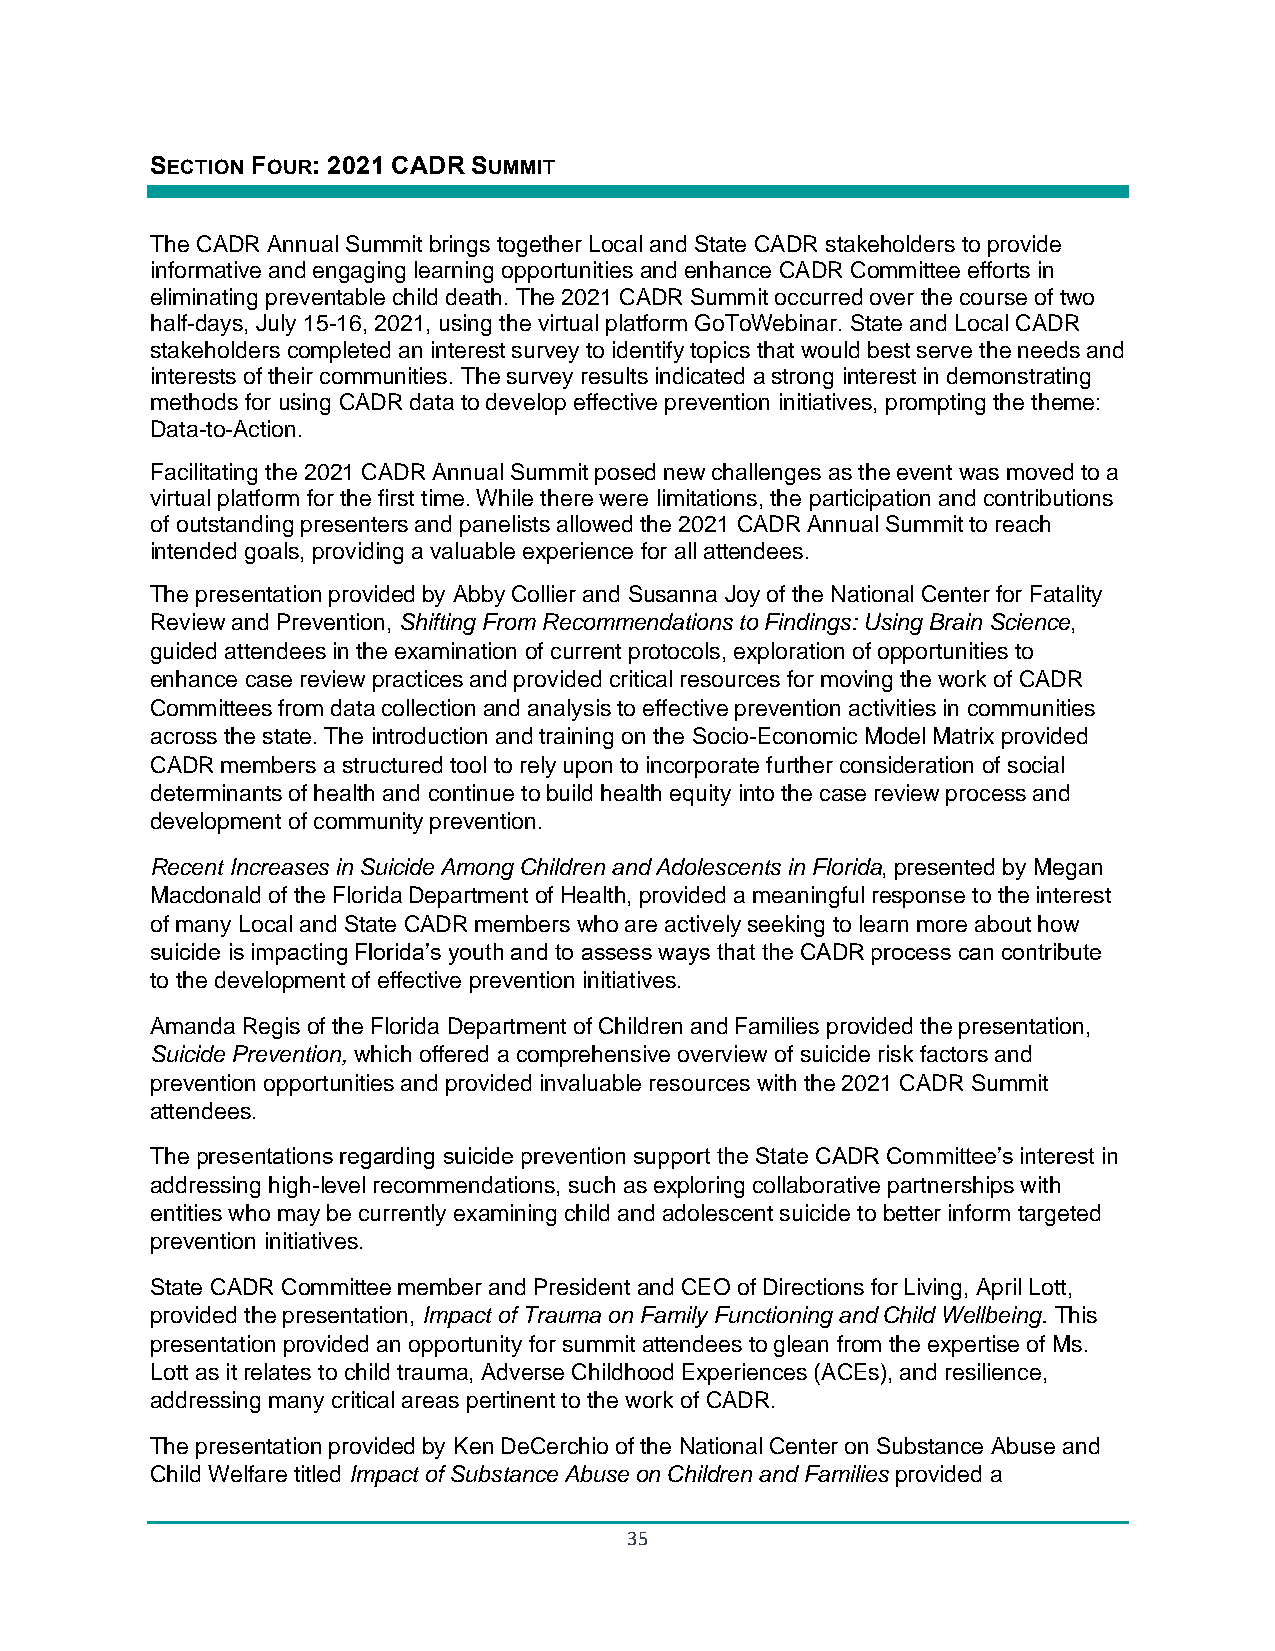
SECTION FOUR: 2021 CADR SUMMIT
 The CADR Annual Summit brings together Local and State CADR stakeholders to provide
 informative and engaging learning opportunities and enhance CADR Committee efforts in
 eliminating preventable child death. The 2021 CADR Summit occurred over the course of two
 half-days, July 15-16, 2021, using the virtual platform GoToWebinar. State and Local CADR
 stakeholders completed an interest survey to identify topics that would best serve the needs and
 interests of their communities. The survey results indicated a strong interest in demonstrating
 methods for using CADR data to develop effective prevention initiatives, prompting the theme:
 Data-to-Action.
 Facilitating the 2021 CADR Annual Summit posed new challenges as the event was moved to a
 virtual platform for the first time. While there were limitations, the participation and contributions
 of outstanding presenters and panelists allowed the 2021 CADR Annual Summit to reach
 intended goals, providing a valuable experience for all attendees.
 The presentation provided by Abby Collier and Susanna Joy of the National Center for Fatality
 Review and Prevention, Shifting From Recommendations to Findings: Using Brain Science,
 guided attendees in the examination of current protocols, exploration of opportunities to
 enhance case review practices and provided critical resources for moving the work of CADR
 Committees from data collection and analysis to effective prevention activities in communities
 across the state. The introduction and training on the Socio-Economic Model Matrix provided
 CADR members a structured tool to rely upon to incorporate further consideration of social
 determinants of health and continue to build health equity into the case review process and
 development of community prevention.
 Recent Increases in Suicide Among Children and Adolescents in Florida, presented by Megan
 Macdonald of the Florida Department of Health, provided a meaningful response to the interest
 of many Local and State CADR members who are actively seeking to learn more about how
 suicide is impacting Florida’s youth and to assess ways that the CADR process can contribute
 to the development of effective prevention initiatives.
 Amanda Regis of the Florida Department of Children and Families provided the presentation,
 Suicide Prevention, which offered a comprehensive overview of suicide risk factors and
 prevention opportunities and provided invaluable resources with the 2021 CADR Summit
 attendees.
 The presentations regarding suicide prevention support the State CADR Committee’s interest in
 addressing high-level recommendations, such as exploring collaborative partnerships with
 entities who may be currently examining child and adolescent suicide to better inform targeted
 prevention initiatives.
 State CADR Committee member and President and CEO of Directions for Living, April Lott,
 provided the presentation, Impact of Trauma on Family Functioning and Child Wellbeing. This
 presentation provided an opportunity for summit attendees to glean from the expertise of Ms.
 Lott as it relates to child trauma, Adverse Childhood Experiences (ACEs), and resilience,
 addressing many critical areas pertinent to the work of CADR.
 The presentation provided by Ken DeCerchio of the National Center on Substance Abuse and
 Child Welfare titled Impact of Substance Abuse on Children and Families provided a
 35